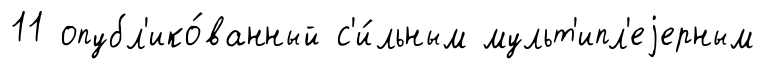
11 опубл'ико́ванный с'и́льным мульт'ипл'еjерным